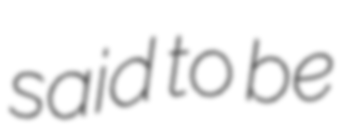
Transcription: said to be